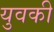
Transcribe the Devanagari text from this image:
युवकी